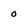
Character: 0